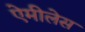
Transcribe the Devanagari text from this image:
ऐमीलेस